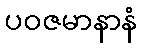
ပဝဇမာနာနံ